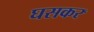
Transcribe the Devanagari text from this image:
घसकर